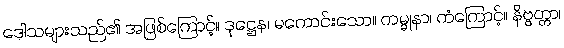
ဒေါသများသည်၏ အဖြစ်ကြောင့်။ ဒုဋ္ဌေန၊ မကောင်းသော။ ကမ္မုနာ၊ ကံကြောင့်။ နိဗ္ဗတ္တာ၊